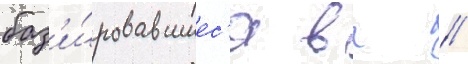
баз'и́ровавшиес'я в г //